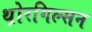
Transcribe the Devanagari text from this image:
थ़ोरगिल्सन